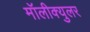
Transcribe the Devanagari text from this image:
मॉलीक्युलर